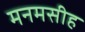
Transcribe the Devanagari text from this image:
मनमसीह